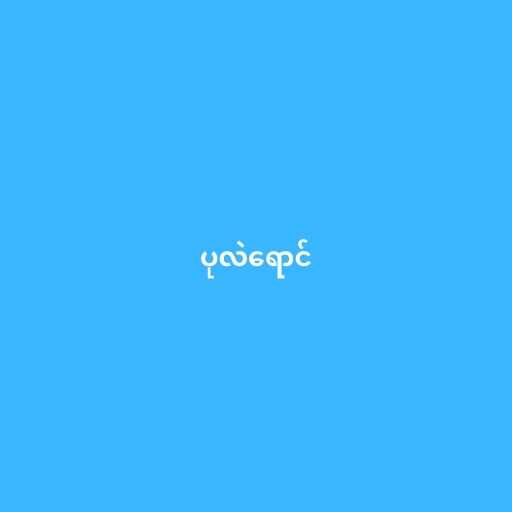
ပုလဲရောင်